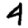
Digit: 4